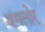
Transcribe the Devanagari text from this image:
बंगलोर्